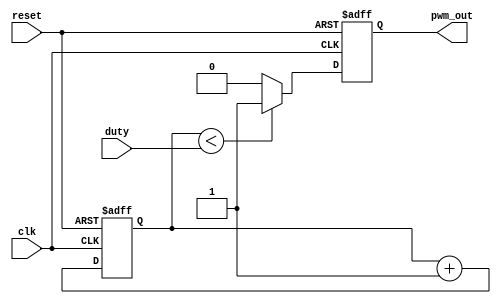
`timescale 1ns / 1ps
//////////////////////////////////////////////////////////////////////////////////
// Company: 
// Engineer: 
// 
// Design Name: 
// Module Name: pwm_generator
// Project Name: 
// Target Devices: 
// Tool Versions: 
// Description: 
// 
// Dependencies: 
// 
// Revision:
// Revision 0.01 - File Created
// Additional Comments:
// 
//////////////////////////////////////////////////////////////////////////////////


module pwm_generator (
input wire clk,         
input wire reset,       
input wire [7:0] duty,  
output reg pwm_out      
);

reg [7:0] counter;

always @(posedge clk or posedge reset) begin
if (reset) begin
counter <= 8'b0;
pwm_out <= 1'b0;
end else begin
if (counter < duty)
pwm_out <= 1'b1;
else
pwm_out <= 1'b0;

counter <= counter + 1'b1;
end
end

endmodule

module pwm_generator_tb();
    reg clk, rst;
    reg [7:0] duty;
    wire pwm_out;

    
    pwm_generator uut (
       clk,rst,duty,pwm_out
    );

    
    always begin 
        #5 clk = ~clk; 
    end

    
    initial begin
        
        clk = 1'b0;
        rst = 1'b0;
        duty = 8'd100;     
        #10;
        rst = 1'b1;
        #10;
        rst = 1'b0;
        duty = 8'd90;
        #100;
        duty = 8'd10;
        #100;
        duty = 8'd50;
        #100;
        duty = 8'd255;
        #100;
        duty = 8'd110;
        #100;
        duty = 8'd123;
        #100;
        duty = 8'd199;
        #100;
        rst = 1'b1;
        #10;
        rst = 1'b0;
        duty = 8'd100;
        #100;

        $finish;
    end
endmodule